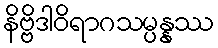
နိဗ္ဗိဒါဝိရာဂသမ္ပန္နဿ